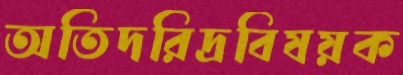
অতিদরিদ্রবিষয়ক